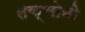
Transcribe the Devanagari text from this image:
सक्सोनी